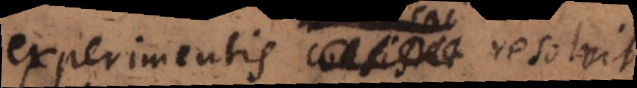
experimentis resolvit